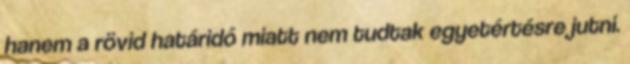
hanem a rövid határidő miatt nem tudtak egyetértésre jutni.